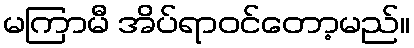
မကြာမီ အိပ်ရာဝင်တော့မည်။